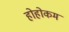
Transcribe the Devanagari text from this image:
होहोकम